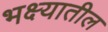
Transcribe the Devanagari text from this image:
भक्ष्यातील